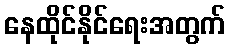
နေထိုင်နိုင်ရေးအတွက်